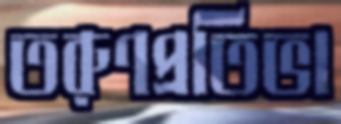
তরুণপ্রতিভা